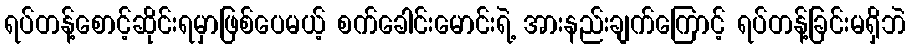
ရပ်တန့်စောင့်ဆိုင်းရမှာဖြစ်ပေမယ့် စက်ခေါင်းမောင်းရဲ့ အားနည်းချက်ကြောင့် ရပ်တန့်ခြင်းမရှိဘဲ